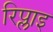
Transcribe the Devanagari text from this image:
रिप्लाइ